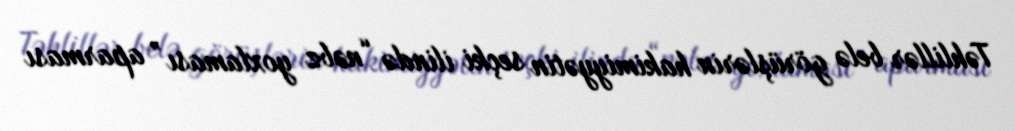
Təhlillər belə görüşlərin hakimiyyətin seçki ilində “nəbz yoxlaması” aparması